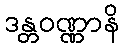
ဒန္တဝဏ္ဏာနိ